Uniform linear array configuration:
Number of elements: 24
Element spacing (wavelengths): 0.5
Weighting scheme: binomial
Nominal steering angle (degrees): -15
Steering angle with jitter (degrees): -16.282
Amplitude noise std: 0.05
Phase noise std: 0.05

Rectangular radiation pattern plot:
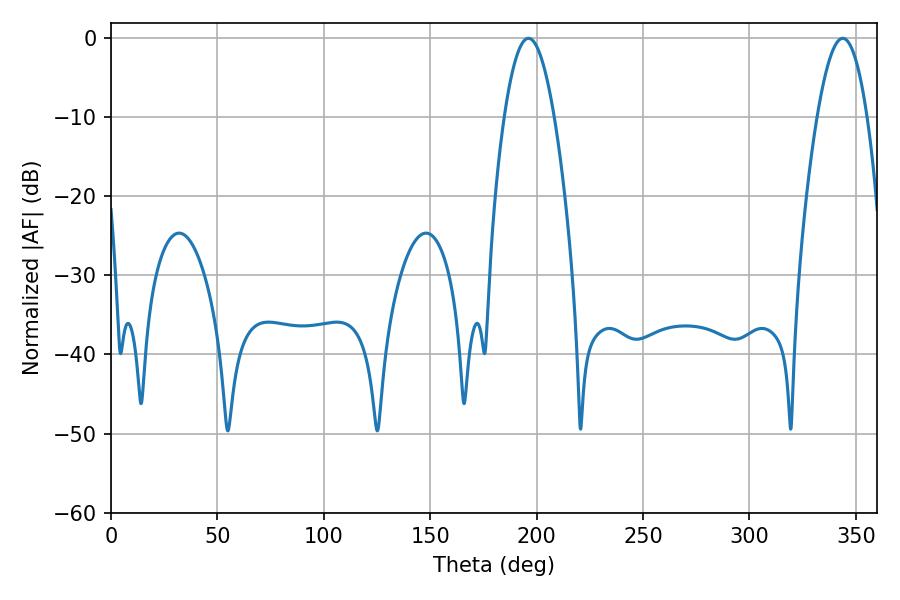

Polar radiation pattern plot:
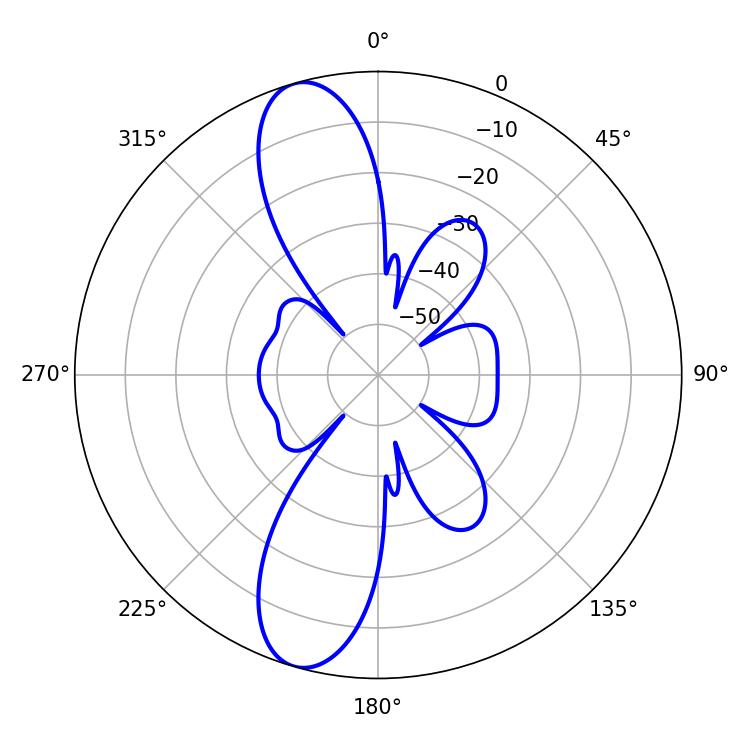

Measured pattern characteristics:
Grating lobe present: FALSE
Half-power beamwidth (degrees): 12.78
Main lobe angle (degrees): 196.2